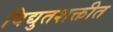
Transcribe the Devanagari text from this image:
विद्युतशक्तीत